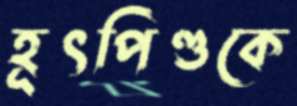
হূৎপিণ্ডকে